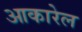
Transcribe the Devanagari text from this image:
आकारेल